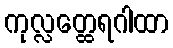
ကုလ္လတ္ထေရဂါထာ